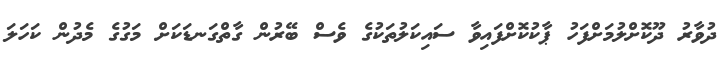
ދުވާރު ދޫކޮށްލުމަށްފަހު ޕާކުކޮށްފައިވާ ސައިކަލުތަކުގެ ވެސް ބޭރުން ގާތްގަނޑަކަށް މަގުގެ މެދުން ކަހަލަ